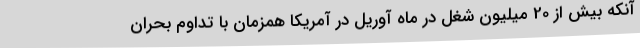
آنکه بیش از 20 میلیون شغل در ماه آوریل در آمریکا همزمان با تداوم بحران